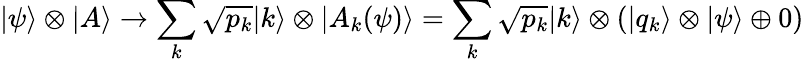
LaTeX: |\psi\rangle\otimes|A\rangle\rightarrow\sum_{k}{\sqrt{p_{k}}}|k\rangle\otimes|A_{k}(\psi)\rangle=\sum_{k}{\sqrt{p_{k}}}|k\rangle\otimes(|q_{k}\rangle\otimes|\psi\rangle\oplus 0)